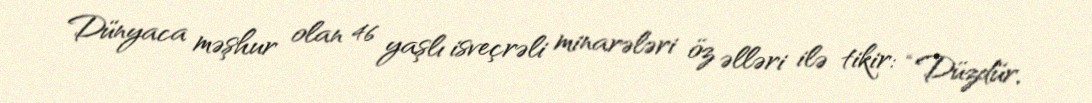
Dünyaca məşhur olan 46 yaşlı isveçrəli minarələri öz əlləri ilə tikir: “Düzdür,